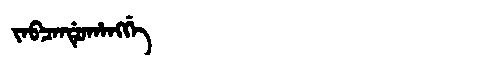
Manchu: ᠵᠠᠪᠴᠠᠨᡩᡠᡥᠠᠩᡤᡝ
Romanization: JABCANDUHANGGE